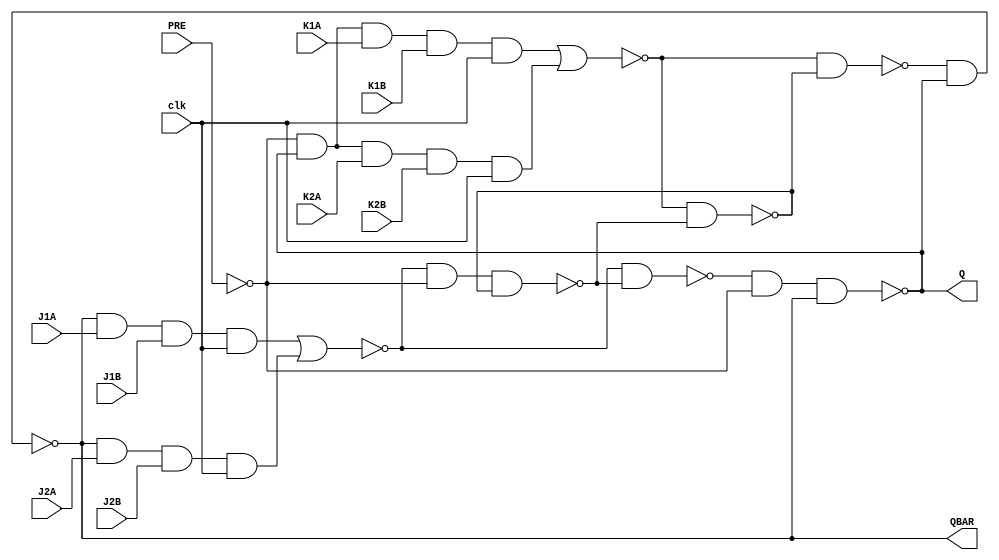
module JK_MS_1(input clk , input PRE , input J1A , input J1B , input J2A , input J2B , input K1A , input K1B , input K2A , input K2B , output Q , output QBAR); 
wire J_w , J_w1 , J_w2 , K_w , K_w1 , K_w2 , A_w , B_w , C_w , D_w , Q_w , QBAR_w , PRE_w;
buf uut1(Q_w , Q);
buf uut2(QBAR_w , QBAR);
not uut3(PRE_w , PRE);
and uut4(K_w , PRE_w , Q_w , K1A , K1B , clk);
and uut5(K_w1 , PRE_w , Q_w , K2A , K2B , clk);
nor uut6(K_w2 , K_w , K_w1);
and uut7(J_w , QBAR_w , J1A , J1B , clk);
and uut8(J_w1 , QBAR_w , J2A , J2B , clk);
nor uut9(J_w2 , J_w , J_w1);
nand uut10(A_w , J_w2 , PRE_w , B_w);
nand uut11(B_w , K_w2 , A_w);
nand uut12(C_w , K_w2 , B_w);
nand uut13(D_w , J_w2 , A_w);
nand uut14(QBAR , C_w , Q_w);
nand uut15(Q , D_w , PRE_w , QBAR_w);
endmodule